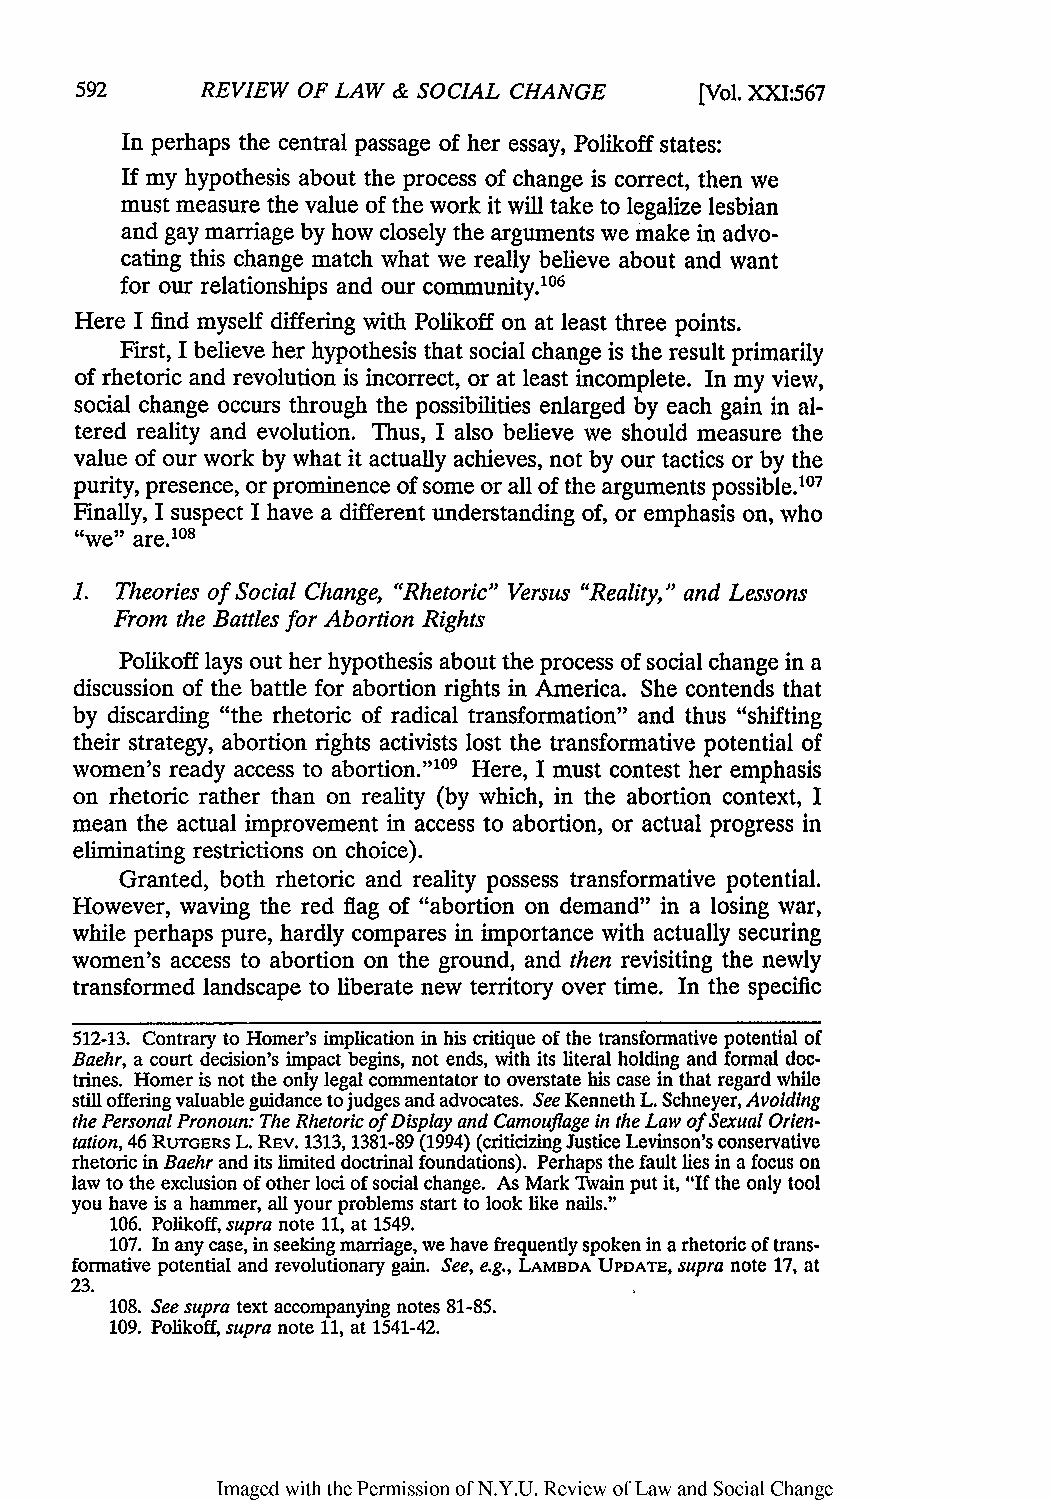
REVIEW OF LAW & SOCIAL CHANGE    [Vol. XXI:567
 In perhaps the central passage of her essay, Polikoff states:
 If my hypothesis about the process of change is correct, then we
 must measure the value of the work it will take to legalize lesbian
 and gay marriage by how closely the arguments we make in advo-
 cating this change match what we really believe about and want
 for our relationships and our community.106
 Here I find myself differing with Polikoff on at least three points.
 First, I believe her hypothesis that social change is the result primarily
 of rhetoric and revolution is incorrect, or at least incomplete. In my view,
 social change occurs through the possibilities enlarged by each gain in al-
 tered reality and evolution. Thus, I also believe we should measure the
 value of our work by what it actually achieves, not by our tactics or by the
 purity, presence, or prominence of some or all of the arguments possible.107
 Finally, I suspect I have a different understanding of, or emphasis on, who
 "we" are.08
 1. Theories of Social Change, "Rhetoric" Versus "Reality," and Lessons
 From the Battles for Abortion Rights
 Polikoff lays out her hypothesis about the process of social change in a
 discussion of the battle for abortion rights in America. She contends that
 by discarding "the rhetoric of radical transformation" and thus "shifting
 their strategy, abortion rights activists lost the transformative potential of
 women's ready access to abortion."'109 Here, I must contest her emphasis
 on rhetoric rather than on reality (by which, in the abortion context, I
 mean the actual improvement in access to abortion, or actual progress in
 eliminating restrictions on choice).
 Granted, both rhetoric and reality possess transformative potential.
 However, waving the red flag of "abortion on demand" in a losing war,
 while perhaps pure, hardly compares in importance with actually securing
 women's access to abortion on the ground, and then revisiting the newly
 transformed landscape to liberate new territory over time. In the specific
 512-13. Contrary to Homer's implication in his critique of the transformative potential of
 Baehr, a court decision's impact begins, not ends, with its literal holding and formal doc-
 trines. Homer is not the only legal commentator to overstate his case in that regard while
 still offering valuable guidance to judges and advocates. See Kenneth L. Schneyer, Avoiding
 the PersonalP ronoun: The Rhetoric of Display and Camouflage in the Law of Sexual Orien-
 tation, 46 RUTGERS L. REv. 1313, 1381-89 (1994) (criticizing Justice Levinson's conservative
 rhetoric in Baehr and its limited doctrinal foundations). Perhaps the fault lies in a focus on
 law to the exclusion of other loci of social change. As Mark Twain put it, "If the only tool
 you have is a hammer, all your problems start to look like nails."
 106. Polikoff, supra note 11, at 1549.
 107. In any case, in seeking marriage, we have frequently spoken in a rhetoric of trans-
 formative potential and revolutionary gain. See, e.g., LAMBDA UPDATE, supra note 17, at
 23.
 108. See supra text accompanying notes 81-85.
 109. Polikoff, supra note 11, at 1541-42.
 Imaged with the Permission of N.Y.U. Review of Law and Social Change